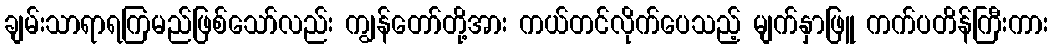
ချမ်းသာရာရကြမည်ဖြစ်သော်လည်း ကျွန်တော်တို့အား ကယ်တင်လိုက်ပေသည့် မျက်နှာဖြူ ကက်ပတိန်ကြီးကား